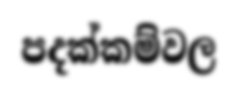
පදක්කම්වල